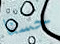
حسنا